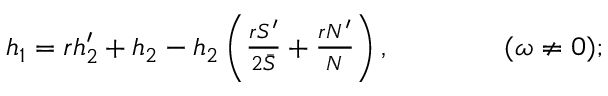
\begin{array} { r } { h _ { 1 } = r h _ { 2 } ^ { \prime } + h _ { 2 } - h _ { 2 } \left( \frac { r S ^ { \prime } } { 2 \bar { S } } + \frac { r N ^ { \prime } } { N } \right) , \qquad \qquad ( \omega \neq 0 ) ; } \end{array}